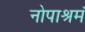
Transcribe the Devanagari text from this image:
नोपाश्रमं